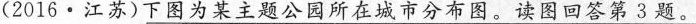
(2016·江苏)下图为某主题公园所在城市分布图。读图回答第3题。